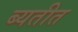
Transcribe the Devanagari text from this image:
ब्यतीत